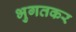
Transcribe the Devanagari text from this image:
भुगतकर